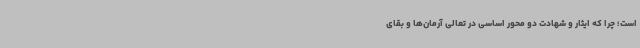
است؛ چرا که ایثار و شهادت دو محور اساسی در تعالی آرمان‌ها و بقای